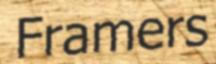
Framers